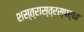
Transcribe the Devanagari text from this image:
शस्त्रास्त्रस्पर्धा